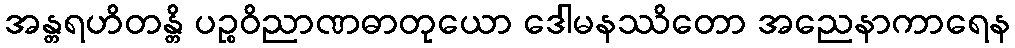
အန္တရဟိတန္တိ ပဉ္စဝိညာဏဓာတုယော ဒေါမနဿိတော အညေနာကာရေန